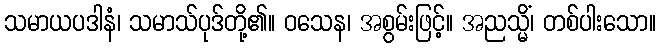
သမာယပဒါနံ၊ သမာသ်ပုဒ်တို့၏။ ဝသေန၊ အစွမ်းဖြင့်။ အညသ္မိံ၊ တစ်ပါးသော။